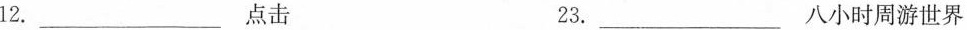
12.___点击 23.___八小时周游世界